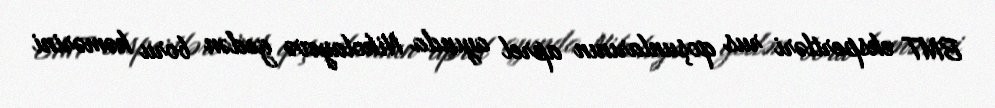
BMT ekspertləri rus qoşunlarının aprel ayında Nikolayevə gedən boru kəmərini